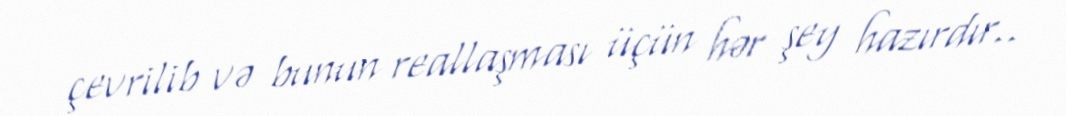
çevrilib və bunun reallaşması üçün hər şey hazırdır..